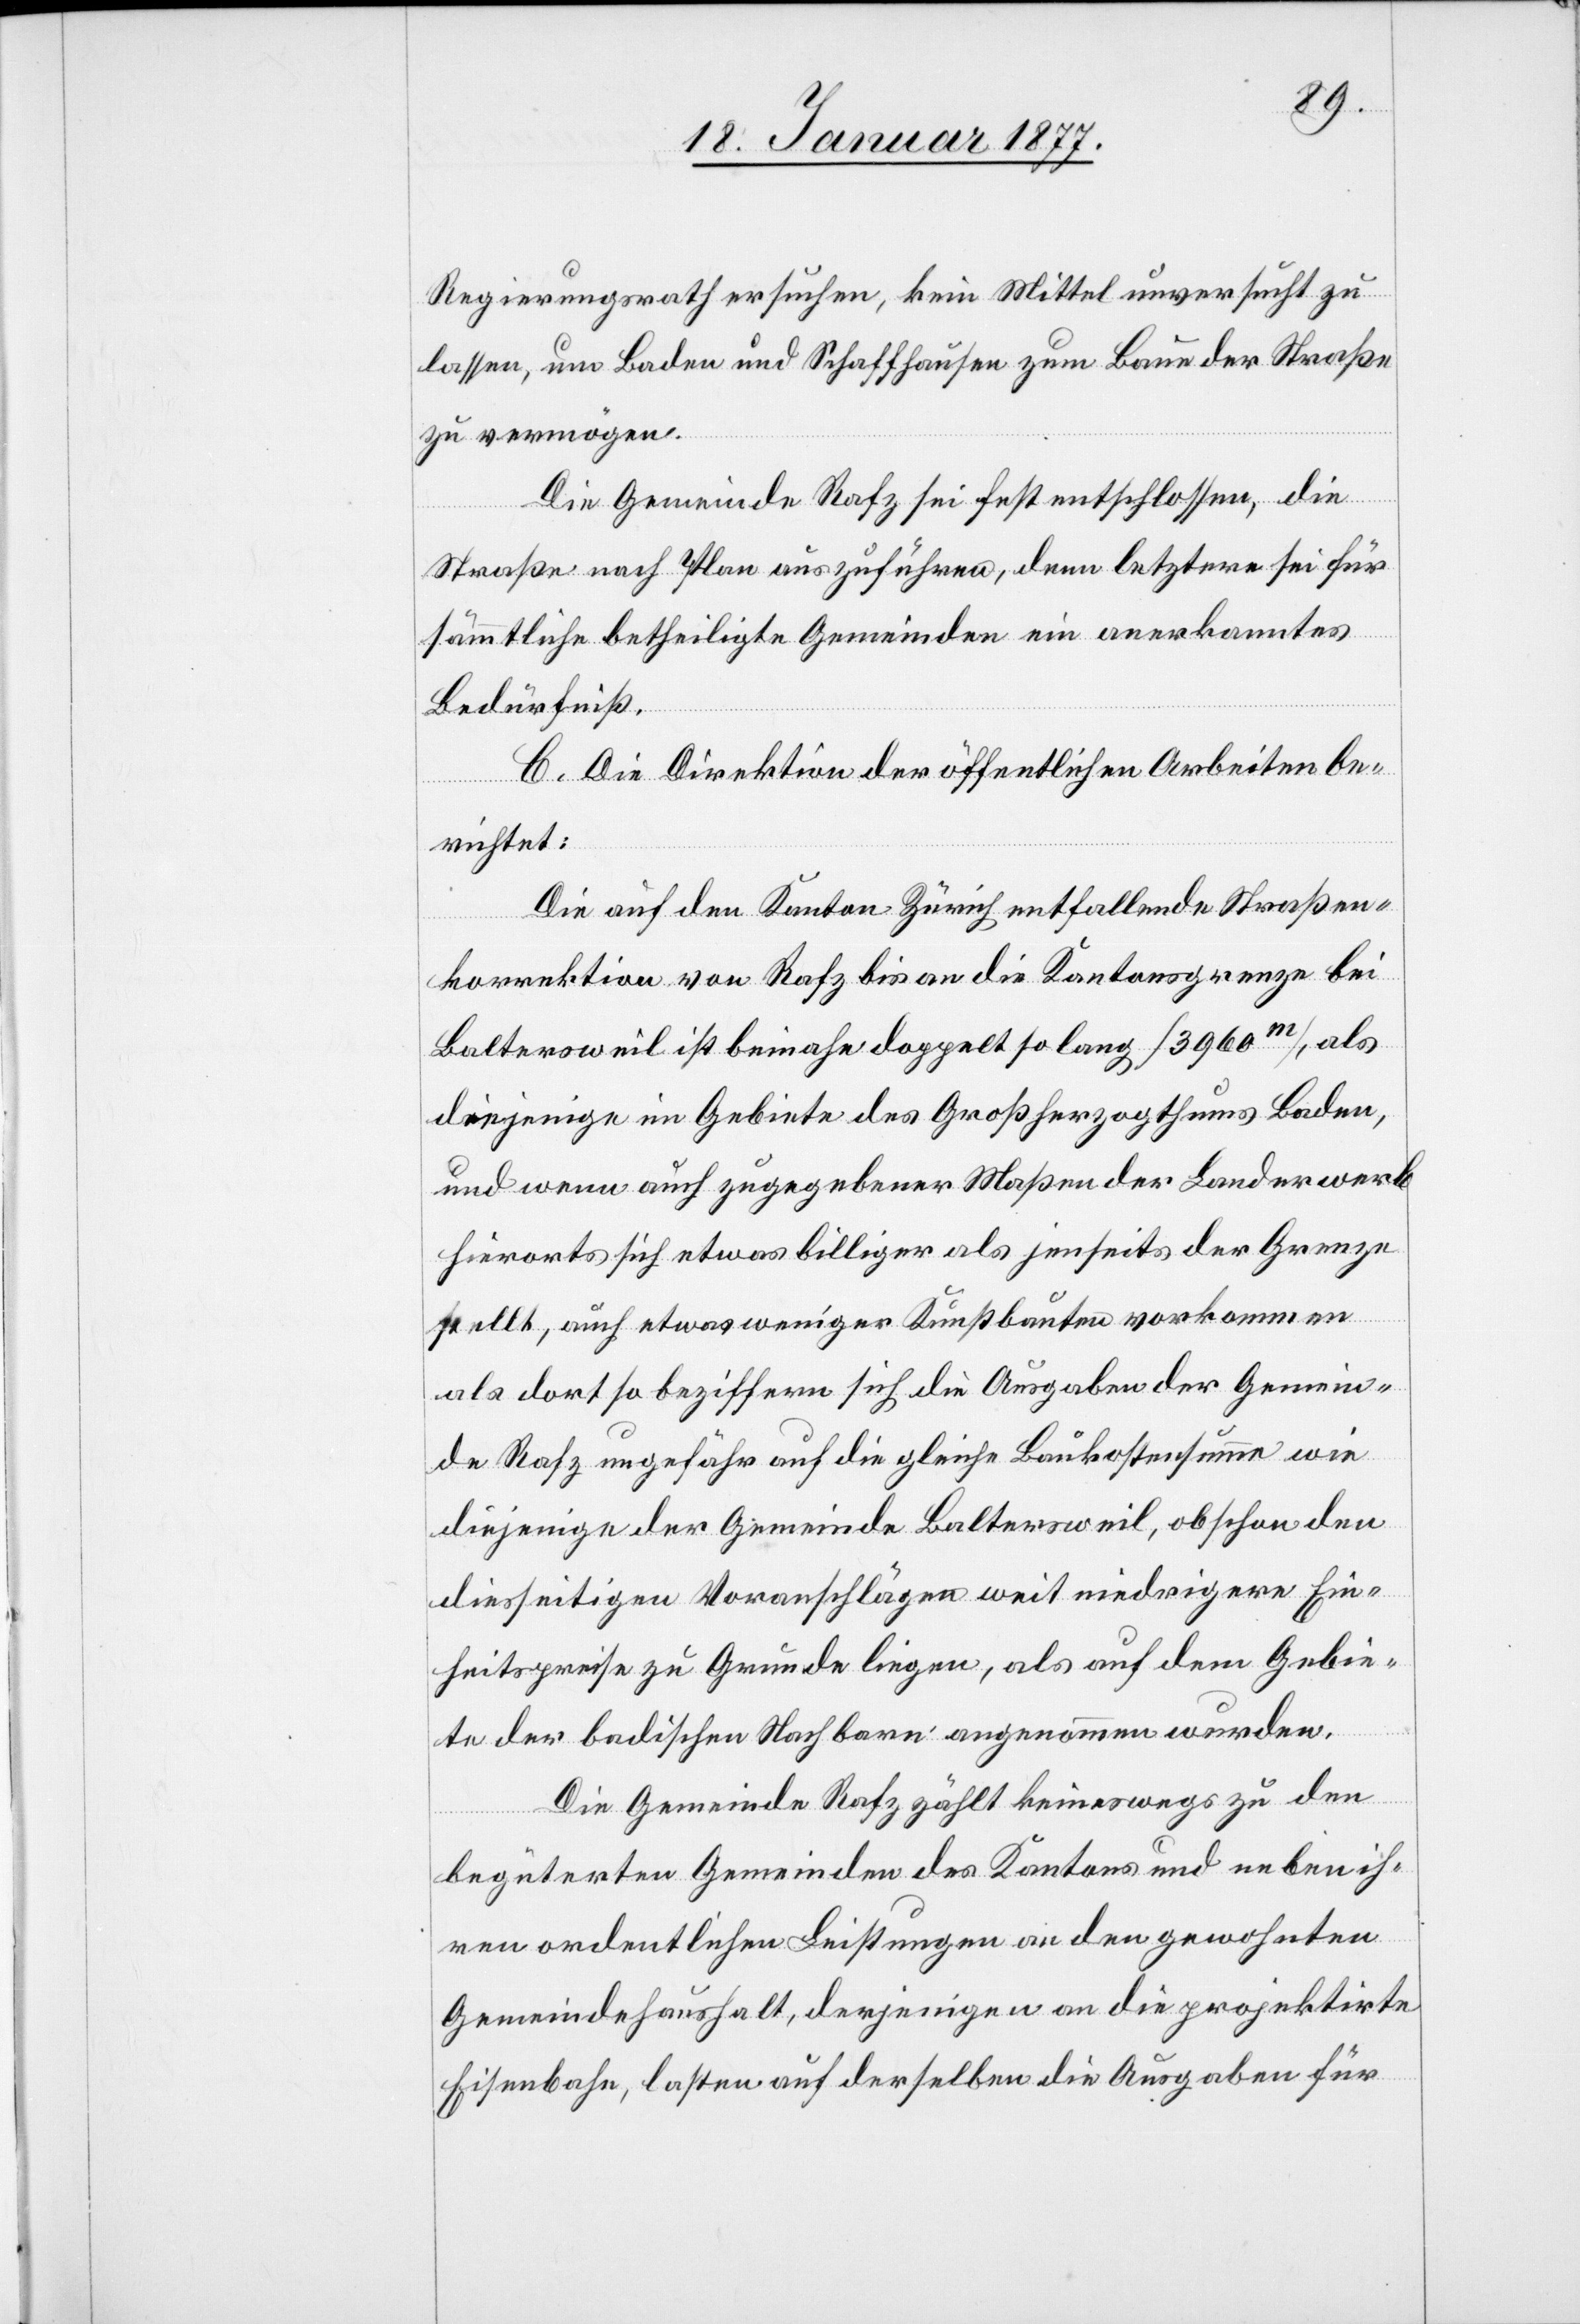
Regierungsrath ersuchen, kein Mittel unversucht zu
lassen, um Baden und Schaffhausen zum Baue der Straße
zu vermögen.
Die Gemeinde Rafz sei fest entschlossen, die
Straße nach Plan auszuführen, denn letztere sei für
sämmtliche betheiligte Gemeinden ein anerkanntes
Bedürfniß.
C. Die Direktion der öffentlichen Arbeiten be¬
richtet:
Die auf den Kanton Zürich entfallende Straßen¬
korrektion von Rafz bis an die Kantonsgrenze bei
Baltersweil ist beinahe doppelt so lang [3960m], als
diejenige im Gebiete des Großherzogthums Baden,
und wenn auch zugegebener Maßen der Landerwerb
hierorts sich etwas billiger als jenseits der Grenze
stellt, auch etwas weniger Kunstbauten vorkommen
als dort so beziffern sich die Ausgaben der Gemein¬
de Rafz ungefähr auf die gleiche Baukostensumme wie
diejenige der Gemeinde Baltersweil, obschon den
diesseitigen Voranschlägen weit niedrigere Ein¬
heitspreise zu Grunde liegen, als auf dem Gebie¬
te der badischen Nachbarn angenommen wurden.
Die Gemeinde Rafz zählt keineswegs zu den
begüterten Gemeinden des Kantons und neben ih¬
ren ordentlichen Leistungen an den gewohnten
Gemeindehaushalt, derjenigen an die projektirte
Eisenbahn, lasten auf derselben die Ausgaben für